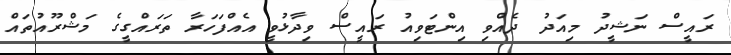
ރައީސް ނަޝީދު މިއަދު ދެއްވި އިންޓަވިއު ރައީސް ވިދާޅުވީ އެއްފަހަރާ ތަރައްގީގެ މަޝްރޫއުތައް